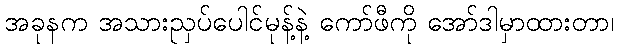
အခုနက အသားညှပ်ပေါင်မုန့်နဲ့ ကော်ဖီကို အော်ဒါမှာထားတာ၊